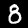
Digit: 8